Lunatic asylums Central Provinces reports 1895-1909 - 1895-1909
Year: 1895
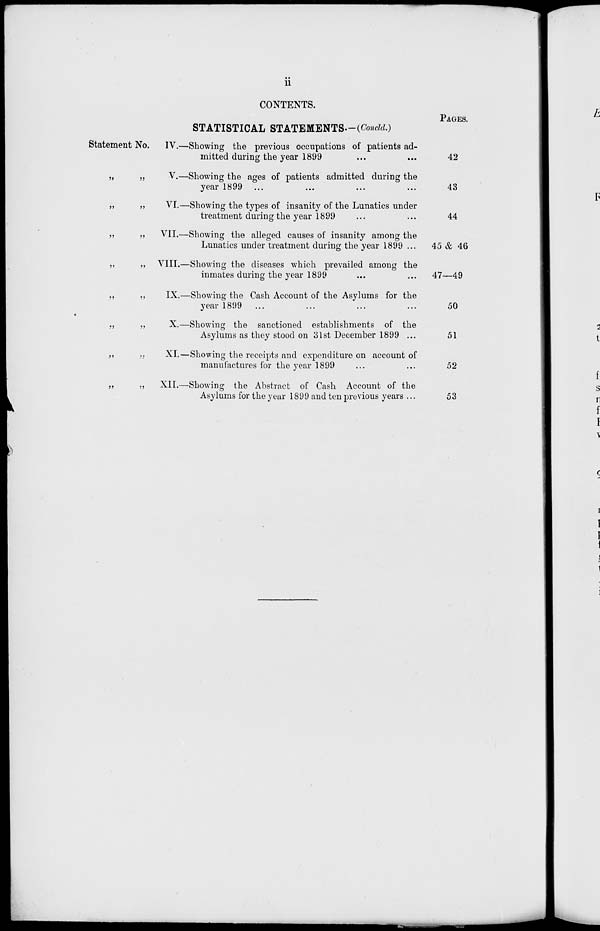
ii
CONTENTS.
STATISTICAL STATEMENTS.—(Concld.)
Statement No.
„ „
„ „
„ „
„ „
„ „
„ „
„ „
„ „
IV.—Showing the previous occupations of patients ad-
mitted during the year 1899 ... ...
V.—Showing the ages of patients admitted during the
year 1899 ... ... ... ...
VI.—Showing the types of insanity of the Lunatics under
treatment during the year 1899 ... ...
VII.—Showing the alleged causes of insanity among the
Lunatics under treatment during the year 1899 ...
VIII.—Showing the diseases which prevailed among the
inmates during the year 1899 ... ...
IX.—Showing the Cash Account of the Asylums for the
year 1899 ... ... ... ...
X.—Showing the sanctioned establishments of the
Asylums as they stood on 31st December 1899 ...
XI.—Showing the receipts and expenditure on account of
manufactures for the year 1899 ... ...
XII.—Showing the Abstract of Cash Account of the
Asylums for the year 1899 and ten previous years ...
PAGES.
42
43
44
45 & 46
47—49
50
51
52
53